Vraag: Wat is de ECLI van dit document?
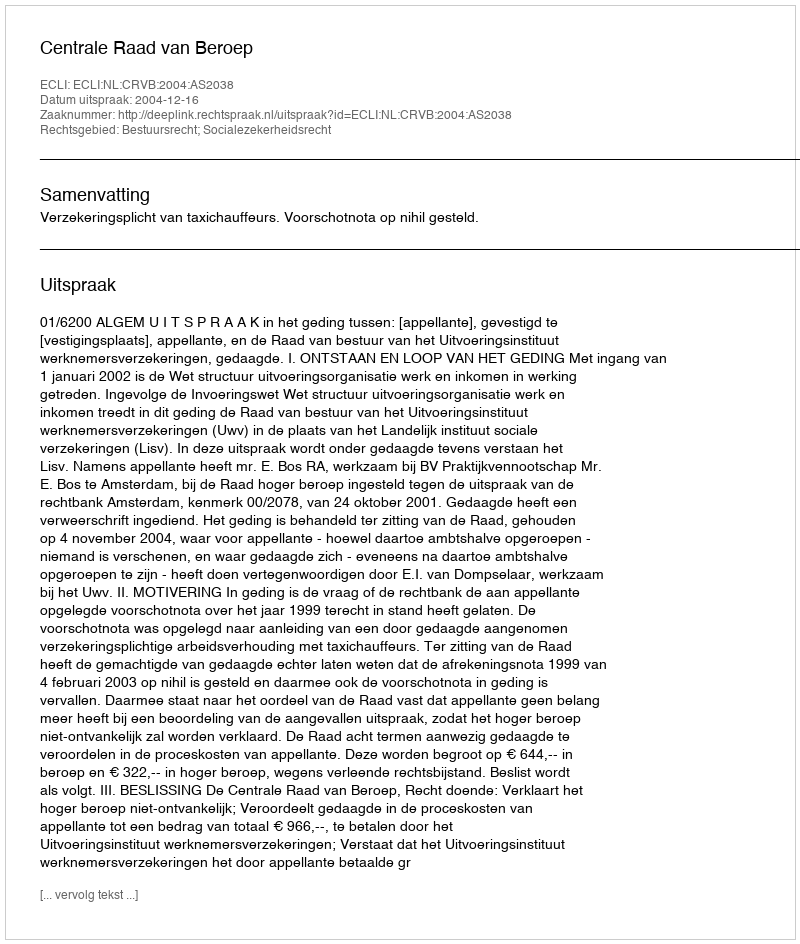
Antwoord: ECLI:NL:CRVB:2004:AS2038